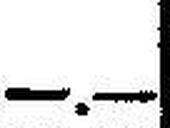
—.—